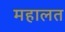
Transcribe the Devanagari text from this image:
महालत